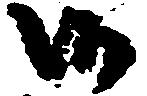
候